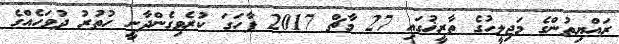
ރައްޔިތުންގެ މަޖިލީހުގެ ތާރީޚުގައި 27 މާޗް 2017 ފާހަގަ ކުރެވިގެންދާނީ ހުތުރު ދުވަހެއްގެ